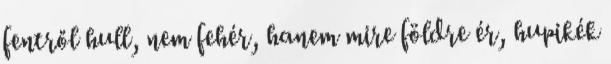
fentről hull, nem fehér, hanem mire földre ér, hupikék